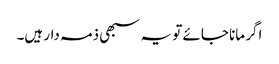
اگر مانا جائے تو یہ سبھی ذمہ دار ہیں۔